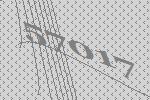
57017